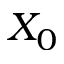
X _ { 0 }